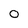
Character: o